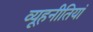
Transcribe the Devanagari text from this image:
व्यूहनीतियां